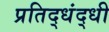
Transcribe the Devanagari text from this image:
प्रतिद्धंद्धी